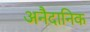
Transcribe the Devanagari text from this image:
अनैदानिक